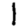
Digit: 1